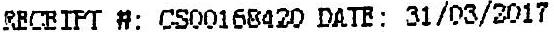
RECEIPT #: CS00168420 DATE: 31/03/2017